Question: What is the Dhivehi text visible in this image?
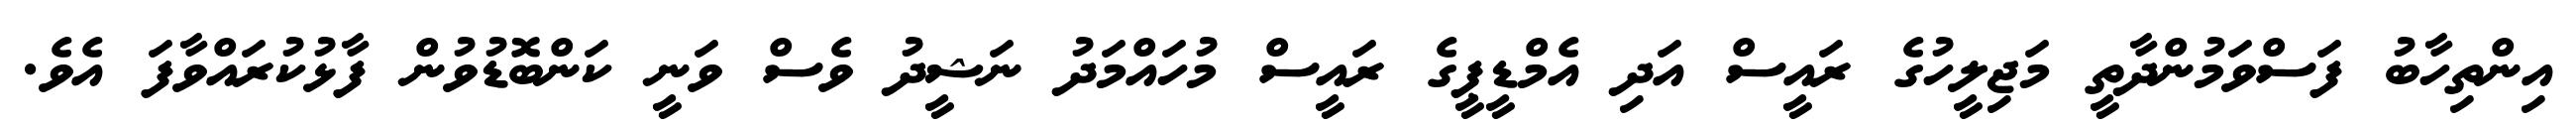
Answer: އިންތިހާބު ފަސްވަމުންދާތީ މަޖިލީހުގެ ރައީސް އަދި އެމްޑީޕީގެ ރައީސް މުހައްމަދު ނަޝީދު ވެސް ވަނީ ކަންބޮޑުވުން ފާޅުކުރައްވާފަ އެވެ.